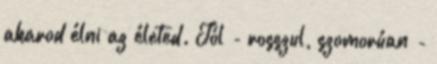
akarod élni az életed. Jól - rosszul, szomorúan -